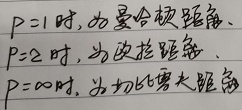
$p = 1$时, 为曼哈顿距离、
$p = 2$时, 为欧几里得距离、
$p =\infty$时, 为切比雪夫距离